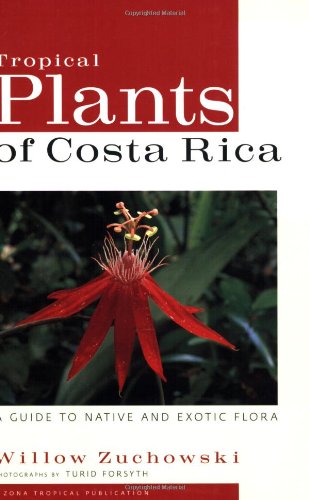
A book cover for Tropical Plants of Costa Rica: A Guide to Native and Exotic Flora (Zona Tropical Publications); Willow Zuchowski; Travel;